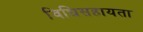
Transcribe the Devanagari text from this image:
विधिसहायता